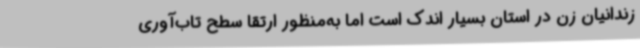
زندانیان زن در استان بسیار اندک است اما به‌منظور ارتقا سطح تاب‌آوری